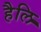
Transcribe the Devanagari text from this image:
हैलि